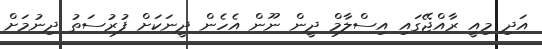
އަދި މިއީ ރާއްޖޭގައި އިސްލާމް ދީން ނޫން އެހެން ދީނަކަށް ފުރުސަތު ދިނުމަށް